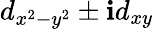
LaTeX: d_{x^{2}-y^{2}}\pm\mathbf{i}d_{xy}